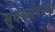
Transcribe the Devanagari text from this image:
सूर्यवर्मनच्या